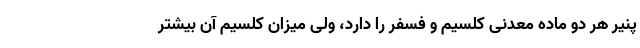
پنیر هر دو ماده معدنی کلسیم و فسفر را دارد، ولی میزان کلسیم آن بیشتر